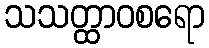
သသတ္ထာဝစရော